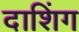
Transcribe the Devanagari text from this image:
दाशिंग